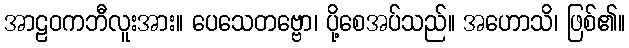
အာဠဝကဘီလူးအား။ ပေသေတဗ္ဗော၊ ပို့စေအပ်သည်။ အဟောသိ၊ ဖြစ်၏။